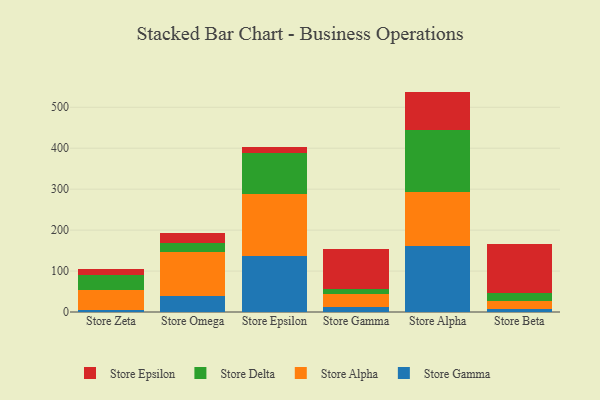
{"axis": {"x": "Store", "y": "Operating Costs (USD K)"}, "legend": ["Store Alpha", "Store Delta", "Store Epsilon", "Store Gamma"], "data": [{"x": "Store Zeta", "y": 5.7, "type": "Store Gamma"}, {"x": "Store Zeta", "y": 47.6, "type": "Store Alpha"}, {"x": "Store Zeta", "y": 36.2, "type": "Store Delta"}, {"x": "Store Zeta", "y": 16.4, "type": "Store Epsilon"}, {"x": "Store Omega", "y": 38.2, "type": "Store Gamma"}, {"x": "Store Omega", "y": 108.1, "type": "Store Alpha"}, {"x": "Store Omega", "y": 21.5, "type": "Store Delta"}, {"x": "Store Omega", "y": 25.4, "type": "Store Epsilon"}, {"x": "Store Epsilon", "y": 136.5, "type": "Store Gamma"}, {"x": "Store Epsilon", "y": 151.5, "type": "Store Alpha"}, {"x": "Store Epsilon", "y": 101.5, "type": "Store Delta"}, {"x": "Store Epsilon", "y": 13.3, "type": "Store Epsilon"}, {"x": "Store Gamma", "y": 11.8, "type": "Store Gamma"}, {"x": "Store Gamma", "y": 33.1, "type": "Store Alpha"}, {"x": "Store Gamma", "y": 11.5, "type": "Store Delta"}, {"x": "Store Gamma", "y": 96.9, "type": "Store Epsilon"}, {"x": "Store Alpha", "y": 161.4, "type": "Store Gamma"}, {"x": "Store Alpha", "y": 132.1, "type": "Store Alpha"}, {"x": "Store Alpha", "y": 150.0, "type": "Store Delta"}, {"x": "Store Alpha", "y": 94.8, "type": "Store Epsilon"}, {"x": "Store Beta", "y": 6.7, "type": "Store Gamma"}, {"x": "Store Beta", "y": 21.3, "type": "Store Alpha"}, {"x": "Store Beta", "y": 19.2, "type": "Store Delta"}, {"x": "Store Beta", "y": 118.9, "type": "Store Epsilon"}]}